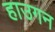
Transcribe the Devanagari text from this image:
हाउगन